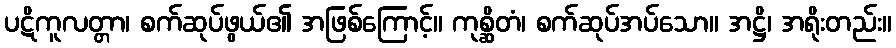
ပဋိကူလတ္တာ၊ စက်ဆုပ်ဖွယ်၏ အဖြစ်ကြောင့်။ ကုစ္ဆိတံ၊ စက်ဆုပ်အပ်သော။ အဋ္ဌိ၊ အရိုးတည်း။